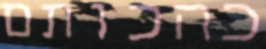
כהכותם